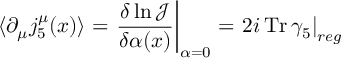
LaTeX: \langle \partial _ { \mu } j _ { 5 } ^ { \mu } ( x ) \rangle = \left. \frac { \delta \ln { \mathcal J } } { \delta \alpha ( x ) } \right| _ { \alpha = 0 } = \left. 2 i \, \mathrm { T r } \, \gamma _ { 5 } \right| _ { r e g }